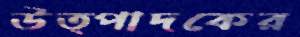
উত্পাদকের